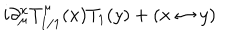
i \partial _ { \mu } ^ { x } T _ { 1 / 1 } ^ { \mu } ( x ) T _ { 1 } ( y ) + ( x \leftrightarrow y )